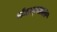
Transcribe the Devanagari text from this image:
बंधार्‍याला